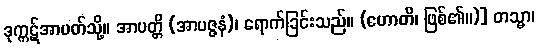
ဒုက္ကဋ်အာပတ်သို့။ အာပတ္တိ (အာပဇ္ဇနံ)၊ ရောက်ခြင်းသည်။ (ဟောတိ၊ ဖြစ်၏။)] တသ္မာ၊